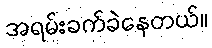
အရမ်းခက်ခဲနေတယ်။